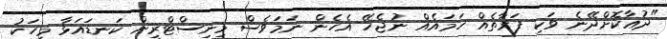
"ދުޢާކޮށްދޭނެ ވަކި ފަރާތެއް ހަމައެއް ނުޖެހޭ އެހެން ނަމަވެސް މިނިސްޓްރީން ކަނޑައަޅާ މީހަކު